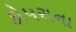
કોપરાના